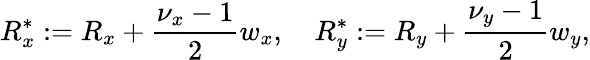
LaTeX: R_{x}^{*}:=R_{x}+\frac{\nu_{x}-1}{2}w_{x},\quad R_{y}^{*}:=R_{y}+\frac{\nu_{y}-1}{2}w_{y},